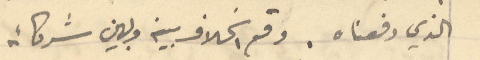
الذي دفعناه. وقع الخلاف بينه وبين شركائه